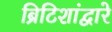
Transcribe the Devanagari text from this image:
ब्रिटिशांद्वारे